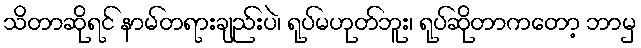
သိတာဆိုရင် နာမ်တရားချည်းပဲ၊ ရုပ်မဟုတ်ဘူး၊ ရုပ်ဆိုတာကတော့ ဘာမှ